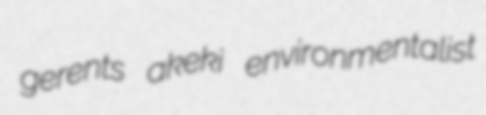
gerents akeki environmentalist